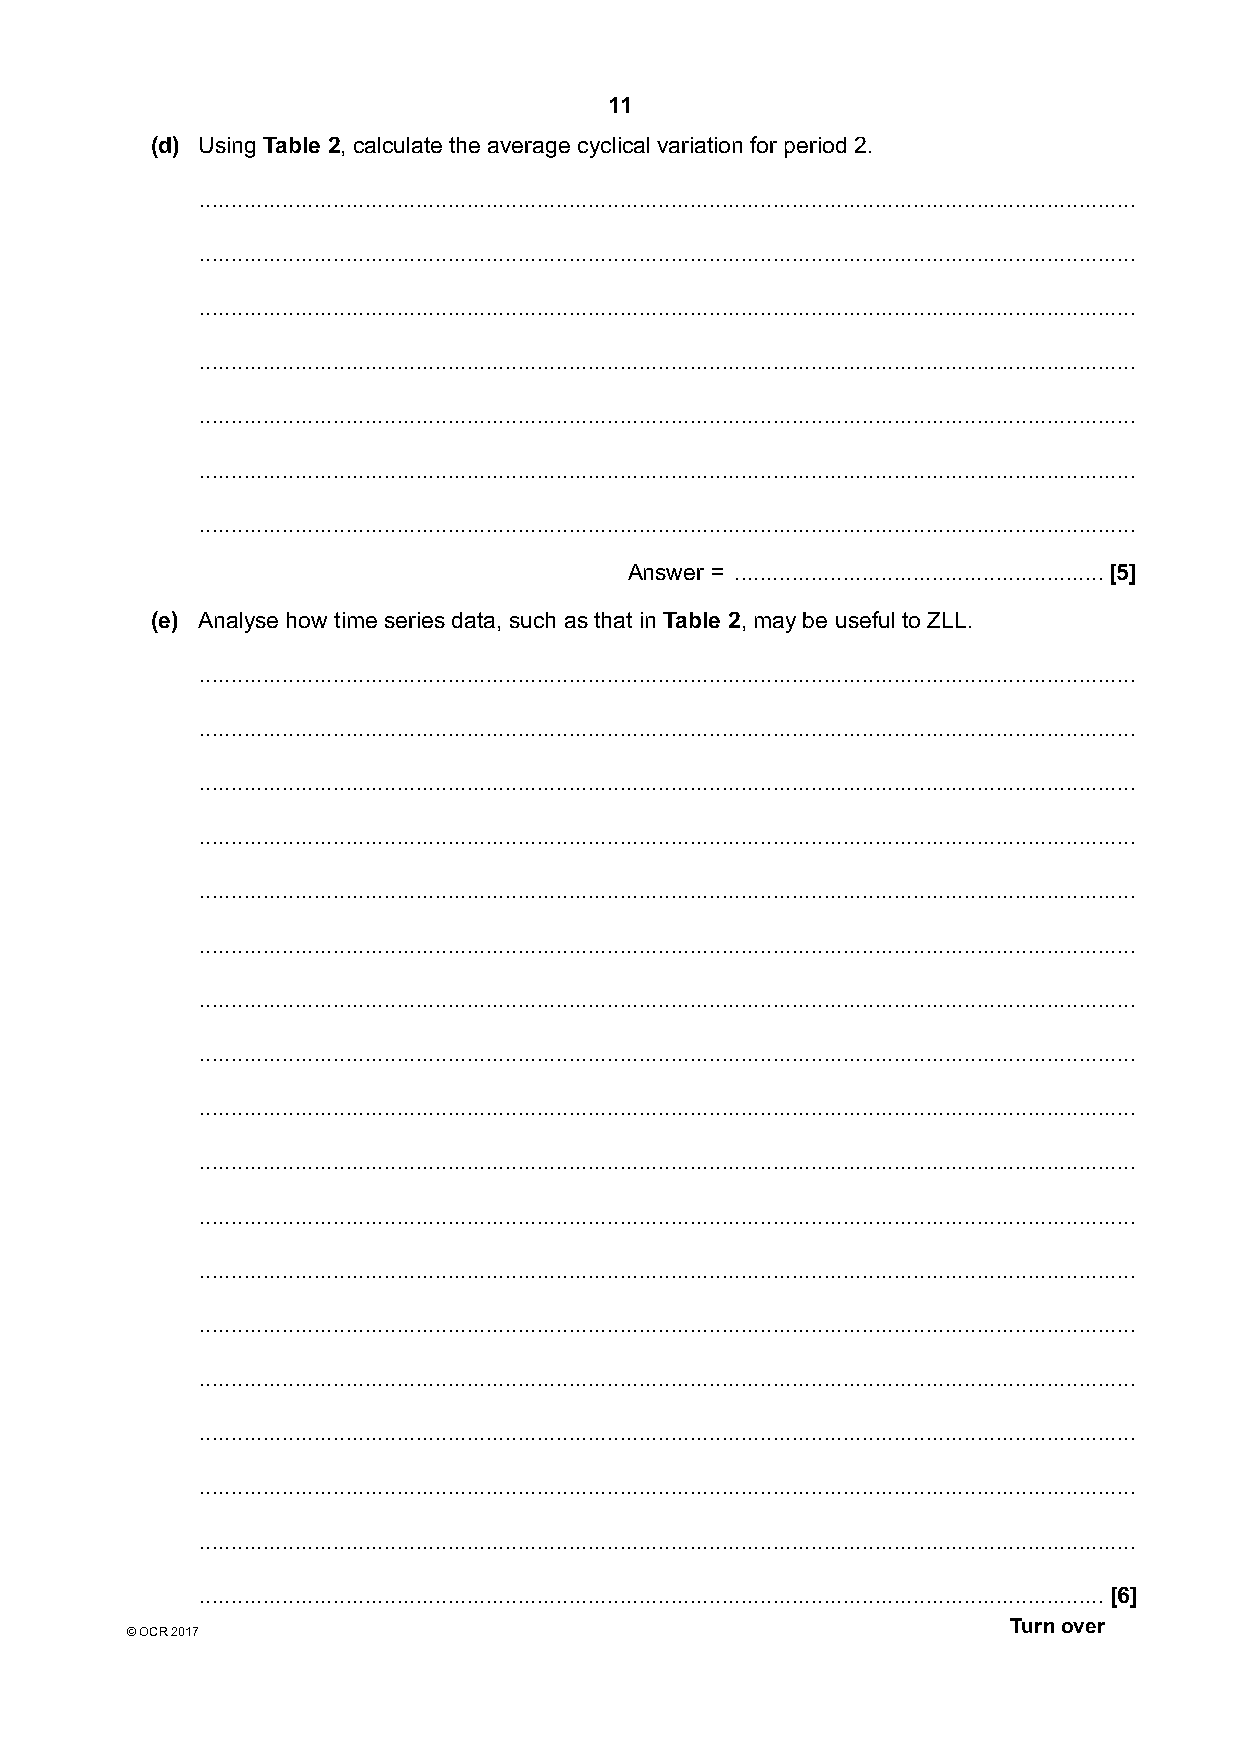
11
 (d) Using Table 2, calculate the average cyclical variation for period 2.
 ...................................................................................................................................................
 ...................................................................................................................................................
 ...................................................................................................................................................
 ...................................................................................................................................................
 ...................................................................................................................................................
 ...................................................................................................................................................
 ...................................................................................................................................................
 Answer = ..........................................................[5]
 (e) Analyse how time series data, such as that in Table 2, may be useful to ZLL.
 ...................................................................................................................................................
 ...................................................................................................................................................
 ...................................................................................................................................................
 ...................................................................................................................................................
 ...................................................................................................................................................
 ...................................................................................................................................................
 ...................................................................................................................................................
 ...................................................................................................................................................
 ...................................................................................................................................................
 ...................................................................................................................................................
 ...................................................................................................................................................
 ...................................................................................................................................................
 ...................................................................................................................................................
 ...................................................................................................................................................
 ...................................................................................................................................................
 ...................................................................................................................................................
 ...................................................................................................................................................
 ..............................................................................................................................................[6]
 Turn over
 © OCR 2017